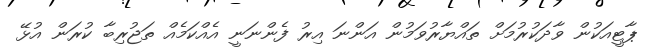
ޕާޓީއަކުން ވާދަކުރުމަށް ތައްޔާރުވަމުން އަންނަ އިރު ފެންނަނީ އެއްކަމެއް ތަޖުރިބާ ކުރަން އުޅޭ